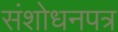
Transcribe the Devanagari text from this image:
संशोधनपत्र